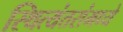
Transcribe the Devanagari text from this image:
स्थित्यंतरांमध्ये